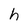
Character: h